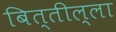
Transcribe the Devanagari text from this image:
बित्तील्ला